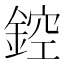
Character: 𨨀